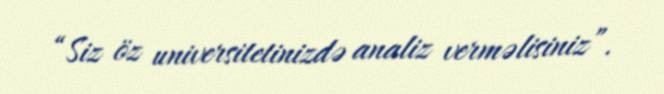
“Siz öz universitetinizdə analiz verməlisiniz”.